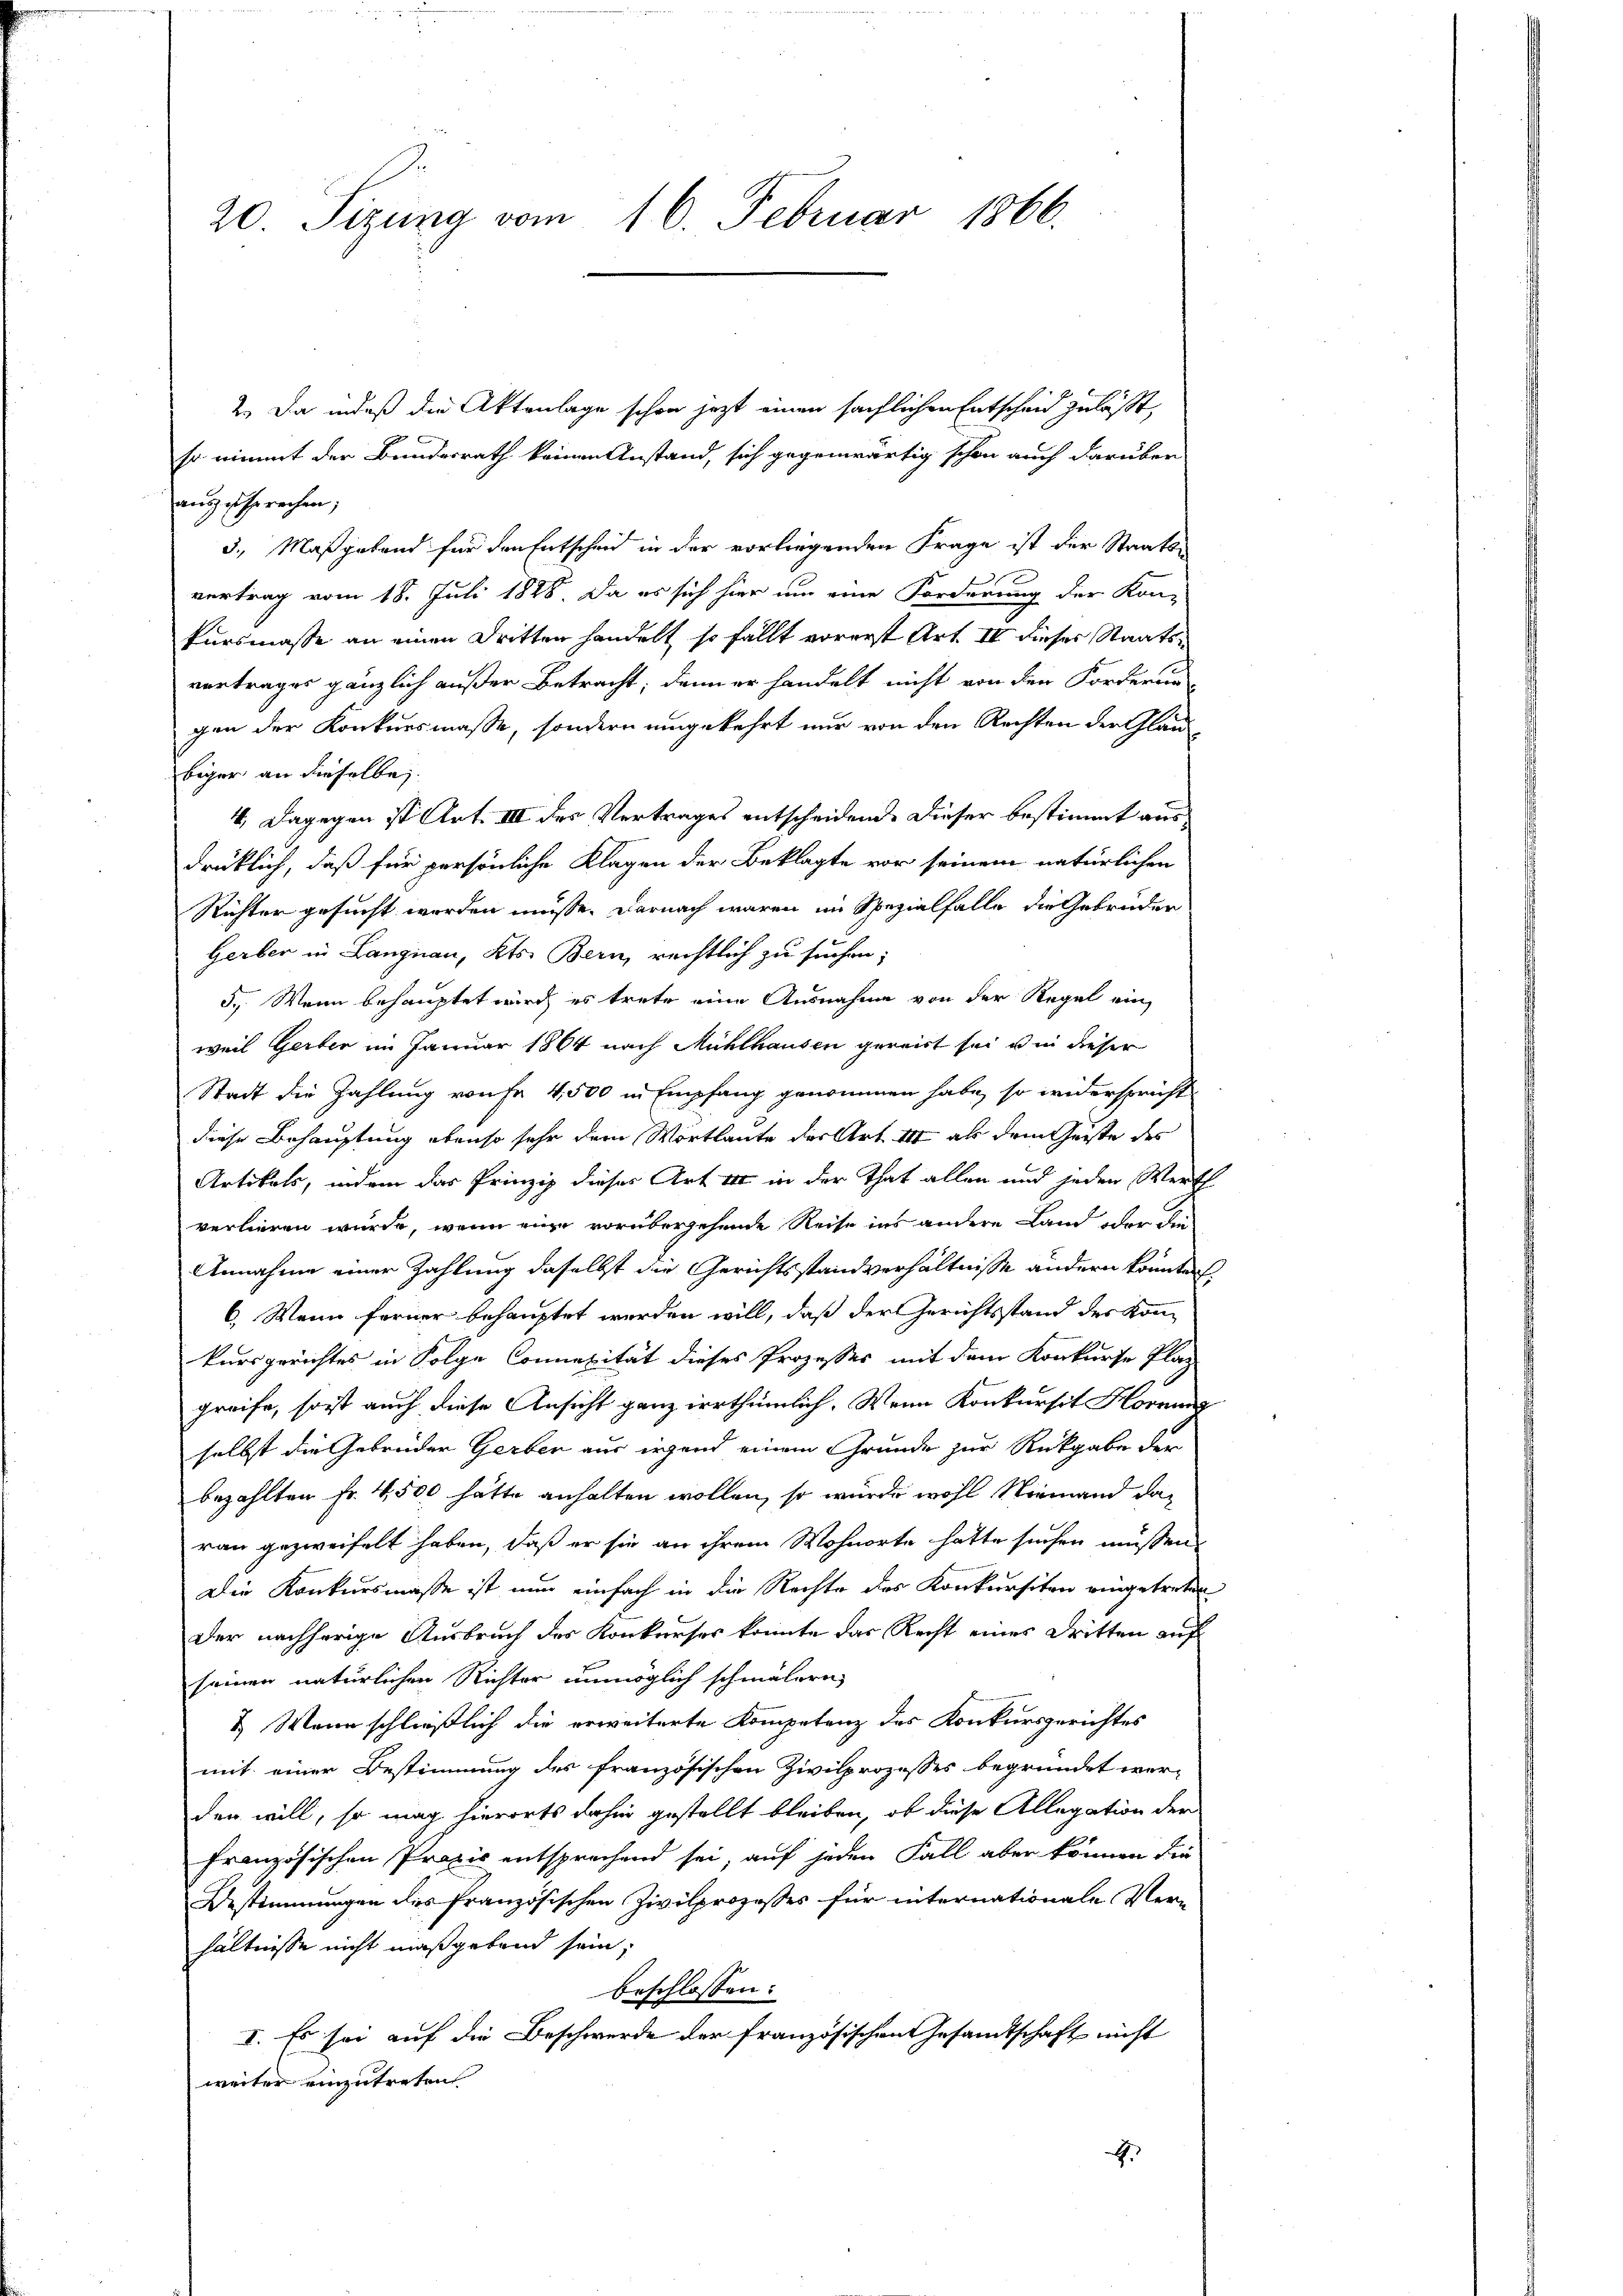
20. Sizung vom 16. Februar 1866.

2. Da indeß die Aktenlage schon jetzt einen sächlichen Entscheid zulässt,
so nimmt der Bundesrath keinen Anstand, sich gegenwärtig schon auch darüber
auszusprechen;
3., Maßgebend für den Entscheid in der vorliegenden Frage ist der Staats-
vertrag vom 18. Juli 1828. Da es sich hier um eine Forderung der Kon-
kursmasse an einen Dritten handelt so fällt vorerst Art. II dieses Staatsvortrages gänzlich außer Betracht; dann er handelt nicht von den Forderun
gen der Konkursmasse, sondern umgekehrt nur von den Rechten der Glaubiger an dieselbe
4. Dagegen ist Art. III des Vertrages entscheidende dieser bestimmt ausdrüklich, daß für persönliche Klagen der Beklagte vor seinem natürlichen
Richter gesucht worden müsse. Darnach waren im Spezialfalle die Gebrüder
Gerber in Langnau, Kts. Bern, rechtlich zu suchen;
5.) Wenn behauptet wird es trete eine Ausnahme von der Regel ein
weil Gerber im Januar 1864 nach Mühlhausen gereit sei in dieser
Stadt die Zahlung von Fr. 4,500 in Empfang genommen habe, so widerspricht
diese Behauptung ebenso sehr dem Wortlaute der Art. III als dem Geiste des
Artikels, indem das Prinzip dieses Art III in der That allen und jeden Werth
verlieren wurde, wenn eine vorübergehende Reise ins andere Land oder die
Annahme einer Zahlung daselbst die Gerichtsstandverhältnisse andern konnten,
6. Wenn ferner behauptet werden will, daß der Gerichtsstand des kom
kursgerichtes in Folge Connenität dieses Prozesses mit dem Konkurse Plaz
greife, soit auch diese Ansicht ganz irrthümlich. Wenn Konkursit Hornung
selbst die Gebrüder Gerber aus irgend einem Grunde zur Rückgabe der
bezahlten Fr. 4,500 hätte anhalten wollen, so würde wohl Niemand daran gezweifelt haben, daß er sie an ihrem Wohnorte hatte suchen müssen,
Die Konkursmasse ist nun einfach in die Rechte des Konkursiten eingetreten.
Der nachherige Ausbruch des Konkurses konnte das Recht eines Dritten auf
seinen natürlichen Richter unmöglich schmälern,
1. Wenn schließlich die erweiterte Kompetenz des Konkursgerichtes
mit einer Bestimmung des französischen Zivilprozesses begründet werden will, so mag hierorts dahin gestellt bleiben, ob diese Allegation der
Französischen Praxis entsprechend sei, auf jeden Fall aber können die
Bestimmungen des französischen Zivilprozesses für internationale Ver-
hältnisse nicht maßgebend sein;
beschlossen:
I. Es sei auf die Beschwerde der französischen Gesamtschaft nicht
weiter einzutreten
.